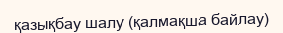
қазықбау шалу (қалмақша байлау)